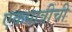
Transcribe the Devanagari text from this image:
एकपात्रीची